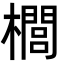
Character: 櫚